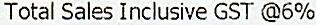
TOTAL SALES INCLUSIVE GST @6%